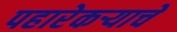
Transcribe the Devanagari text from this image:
पहारेकर्‍याचे